Scientific memoirs by medical officers of the Army of India - Part V,
Year: 1890
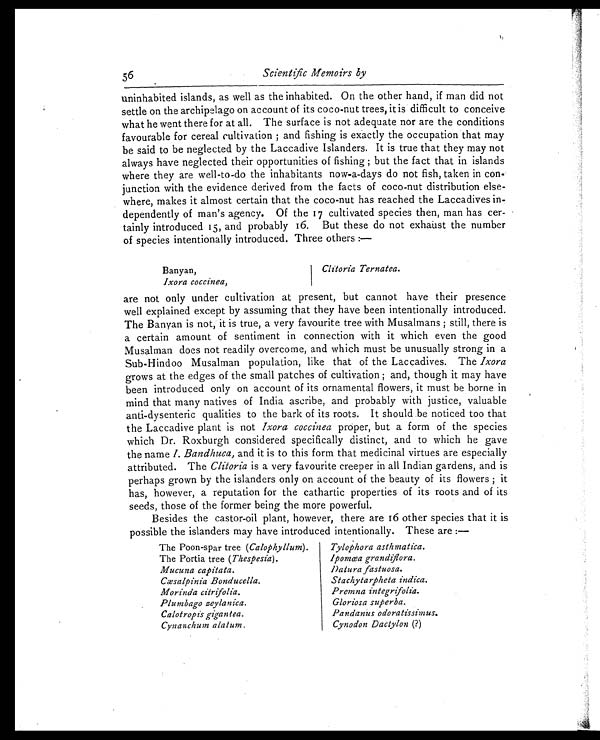
56
Scientific Memoirs by
uninhabited islands, as well as the inhabited. On the other hand, if man did not
settle on the archipelago on account of its coco-nut trees, it is difficult to conceive
what he went there for at all. The surface is not adequate nor are the conditions
favourable for cereal cultivation; and fishing is exactly the occupation that may
be said to be neglected by the Laccadive Islanders. It is true that they may not
always have neglected their opportunities of fishing; but the fact that in islands
where they are well-to-do the inhabitants now-a-days do not fish, taken in con
-junction with the evidence derived from the facts of coco-nut distribution else
-where, makes it almost certain that the coco-nut has reached the Laccadives in
-dependently of man's agency. Of the 17 cultivated species then, man has cer
- t a i n l y i n t r o d u c e d 1 5 , a n d p r o b a b l y 1 6 . B u t t h e s e d o n o t e x h a u s t t h e n u m b e r
of species intentionally introduced. Three others:—
Banyan,
Clitoria Ternatea.
Ixora coccinea,
are not only under cultivation at present, but cannot have their presence
well explained except by assuming that they have been intentionally introduced.
The Banyan is not, it is true, a very favourite tree with Musalmans; still, there is
a certain amount of sentiment in connection with it which even the good
Musalman does not readily overcome, and which must be unusually strong in a
Sub-Hindoo Musalman population, like that of the Laccadives. The Ixora
grows at the edges of the small patches of cultivation ; and, though it may have
been introduced only on account of its ornamental flowers, it must be borne in
mind that many natives of India ascribe, and probably with justice, valuable
anti-dysenteric qualities to the bark of its roots. It should be noticed too that
the Laccadive plant is not Ixora coccinea proper, but a form of the species
which Dr. Roxburgh considered specifically distinct, and to which he gave
the name I. Bandhuca, and it is to this form that medicinal virtues are especially
attributed. The Clitoria is a very favourite creeper in all Indian gardens, and is
perhaps grown by the islanders only on account of the beauty of its flowers; it
has, however, a reputation for the cathartic properties of its roots and of its
seeds, those of the former being the more powerful.
Besides the castor-oil plant, however, there are 16 other species that it is
possible the islanders may have introduced intentionally. These are:—
The Poon-spar tree (Calophyllum).
The Portia tree (Thespesia).
Mucuna capitata.
Cæsalpinia Bonducella.
Morinda citrifolia.
Plumbago zeylanica.
Calotropis gigantea.
Cynanchum alatum.
Tylophora asthmatica.
I pomœa grandifiora.
Datura fastuosa.
Stachytarpheta indica.
Premna integrifolia.
Gloriosa superba.
Pandanu s odoratissimus.
Cynodon Dactylon (?)